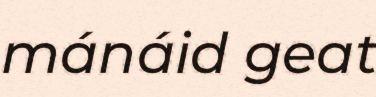
mánáid geat